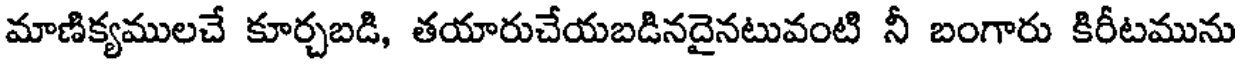
మాణిక్యములచే కూర్చబడి, తయారుచేయబడినదైనటువంటి నీ బంగారు కిరీటమును